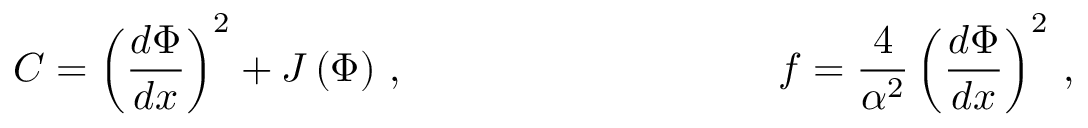
C = \left( \frac { d \Phi } { d x } \right) ^ { 2 } + J \left( \Phi \right) \, , \ \ \ \ \ \ \, \ \ \ \ \ \ \ \ \ \ \ \ \ \ \ \ \ \ \ \ \ f = \frac { 4 } { \alpha ^ { 2 } } \left( \frac { d \Phi } { d x } \right) ^ { 2 } \, ,